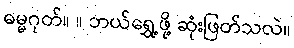
ဓမ္မဂုတ်။ ။ ဘယ်ရွှေ့ဖို့ ဆုံးဖြတ်သလဲ။